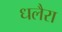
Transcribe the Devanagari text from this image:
धलैरा